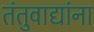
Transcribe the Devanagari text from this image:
तंतुवाद्यांना